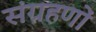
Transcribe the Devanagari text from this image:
संग्रहणों